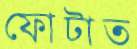
ফোটাত